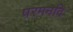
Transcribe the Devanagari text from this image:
परमनदि